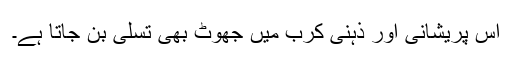
اس پریشانی اور ذہنی کرب میں جھوٹ بھی تسلی بن جاتا ہے۔